Notes on the propagation and cultivation of the medicinal cinchonas, or Peruvian bark trees
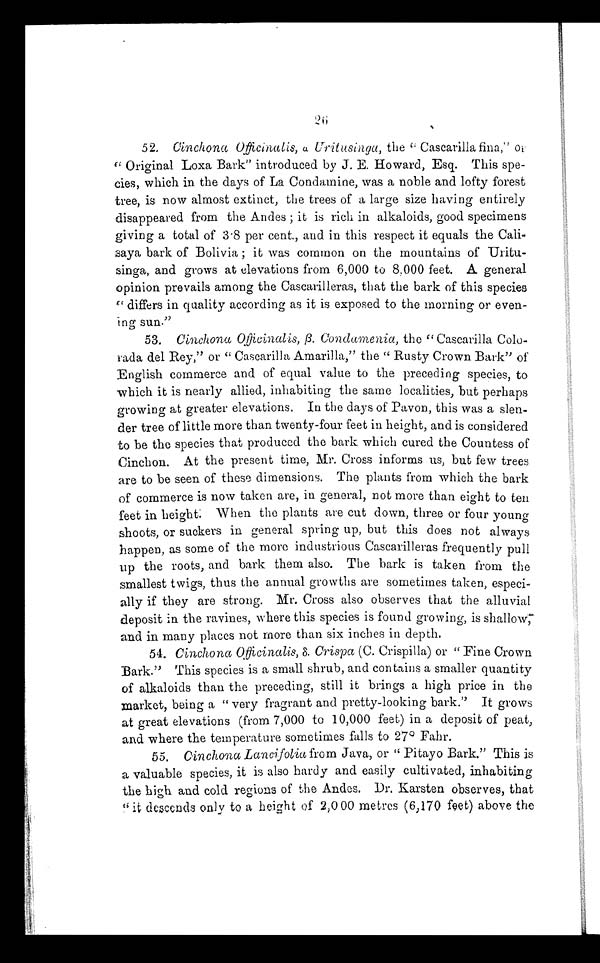
52. Cinchona Officinalis, a Uritusinga, the " Cascarilla, fina,"
or " Original Loxa Bark" introduced by J. E. Howard, Esq. This spe-
cies, which in the days of La Condamine, was a noble and lofty forest
tree, is now almost extinct, the trees of a large size having entirely
disappeared from the Andes ; it is rich in alkaloids, good specimens
giving a total of 3·8 per cent., and in this respect it equals the Cali-
saya bark of Bolivia ; it was common on the mountains of Uritu-
singa, and grows at elevations from 6,000 to 8,000 feet. A general
opinion prevails among the Cascarilleras, that the bark of this species
" differs in quality according as it is exposed to the morning or even-
ing sun."
53. Cinchona Officinalis, ß . Condamenia, the " Cascarilla Colo
rada del Rey," or " Cascarilla Amarilla," the " Rusty Crown Bark" of
English commerce and of equal value to the preceding species, to
which it is nearly allied, inhabiting the same localities, but perhaps
growing at greater elevations. In the days of Pavon, this was a slen
der tree of little more than twenty-four feet in height, and is considered
to be the species that produced the bark which cured the Countess of
Cinchon. At the present time, Mr. Cross informs us, but few trees
are to be seen of these dimensions. The plants from which the bark
of commerce is now taken are, in general, not more than eight to ten
feet in height: When the plants are cut down, three or four young
shoots, or suckers in general spring up, but this does not always
happen, as some of the more industrious Cascarilleras frequently pull
up the roots, and bark them also. The bark is taken from the
smallest twigs, thus the annual growths are sometimes taken, especi
-ally if they are strong. Mr. Cross also observes that the alluvial
deposit in the ravines, where this species is found growing, is shallow,
and in many places not more than six inches in depth.
54. Cinchona Officinalis, δ. Crispa (C. Crispilla) or "Fine Crown
Bark." This species is a small shrub, and contains a smaller quantity
of alkaloids than the preceding, still it brings a high price in the
market, being a " very fragrant and pretty-looking bark." It grows
at great elevations (from 7,000 to 10,000 feet) in a deposit of peat,
and where the temperature sometimes falls to 27º Fahr.
55. Cinchona Lancifolia from Java, or " Pitayo Bark." This is
a valuable species, it is also hardy and easily cultivated, inhabiting
the high and cold regions of the Andes. Dr. Karsten observes, that
" it descends only to a height of 2,000 metres (6,170 feet) above the